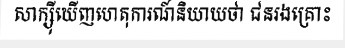
សាក្ស៊ីឃើញហេតុការណ៍និយាយថា ជនរងគ្រោះ